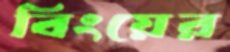
বিংয়ের